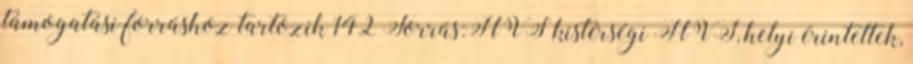
támogatási forráshoz tartozik 142 Forrás:HVS kistérségi HVI, helyi érintettek,